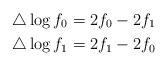
LaTeX: \begin{align*}\triangle\log f_0=2f_0-2f_{1}\\\triangle\log f_1=2f_1-2f_0\end{align*}